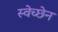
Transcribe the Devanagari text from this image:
स्वेच्छेन